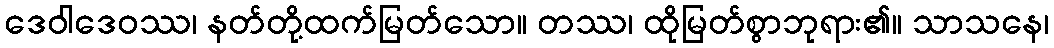
ဒေဝါဒေဝဿ၊ နတ်တို့ထက်မြတ်သော။ တဿ၊ ထိုမြတ်စွာဘုရား၏။ သာသနေ၊